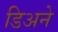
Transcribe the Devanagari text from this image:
डिअने